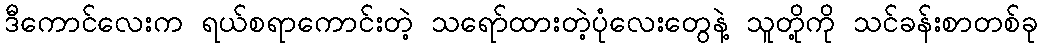
ဒီကောင်လေးက ရယ်စရာကောင်းတဲ့ သရော်ထားတဲ့ပုံလေးတွေနဲ့ သူတို့ကို သင်ခန်းစာတစ်ခု